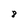
Character: 8